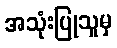
အသုံးပြုသူမှ